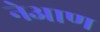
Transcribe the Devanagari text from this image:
नेआण